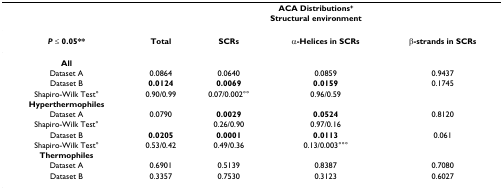
|  | <COLSPAN=4> ACA Distributions+ |
 |  | <COLSPAN=4> Structural environment |
 | --- | --- | --- | --- | --- |
 | P ≤ 0.05** | Total | SCRs | α-Helices in SCRs | β-strands in SCRs |
 | All |  |  |  |  |
 | Dataset A | 0.0864 | 0.0640 | 0.0859 | 0.9437 |
 | Dataset B | 0.0124 | 0.0069 | 0.0159 | 0.1745 |
 | Shapiro-Wilk Test° | 0.90/0.99 | 0.07/0.002°° | 0.96/0.59 |  |
 | Hyperthermophiles |  |  |  |  |
 | Dataset A | 0.0790 | 0.0029 | 0.0524 | 0.8120 |
 | Shapiro-Wilk Test° |  | 0.26/0.90 | 0.97/0.16 |  |
 | Dataset B | 0.0205 | 0.0001 | 0.0113 | 0.061 |
 | Shapiro-Wilk Test° | 0.53/0.42 | 0.49/0.36 | 0.13/0.003°°° |  |
 | Thermophiles |  |  |  |  |
 | Dataset A | 0.6901 | 0.5139 | 0.8387 | 0.7080 |
 | Dataset B | 0.3357 | 0.7530 | 0.3123 | 0.6027 |